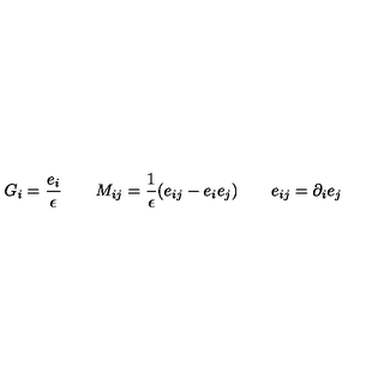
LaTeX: G _ { i } = \frac { e _ { i } } \epsilon \qquad M _ { i j } = \frac 1 \epsilon ( e _ { i j } - e _ { i } e _ { j } ) \qquad e _ { i j } = \partial _ { i } e _ { j }